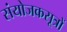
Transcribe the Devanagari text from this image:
संयोजकसूत्रों